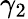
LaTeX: \gamma_{2}